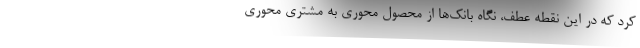
کرد که در این نقطه عطف، نگاه بانک‌ها از محصول محوری به مشتری محوری